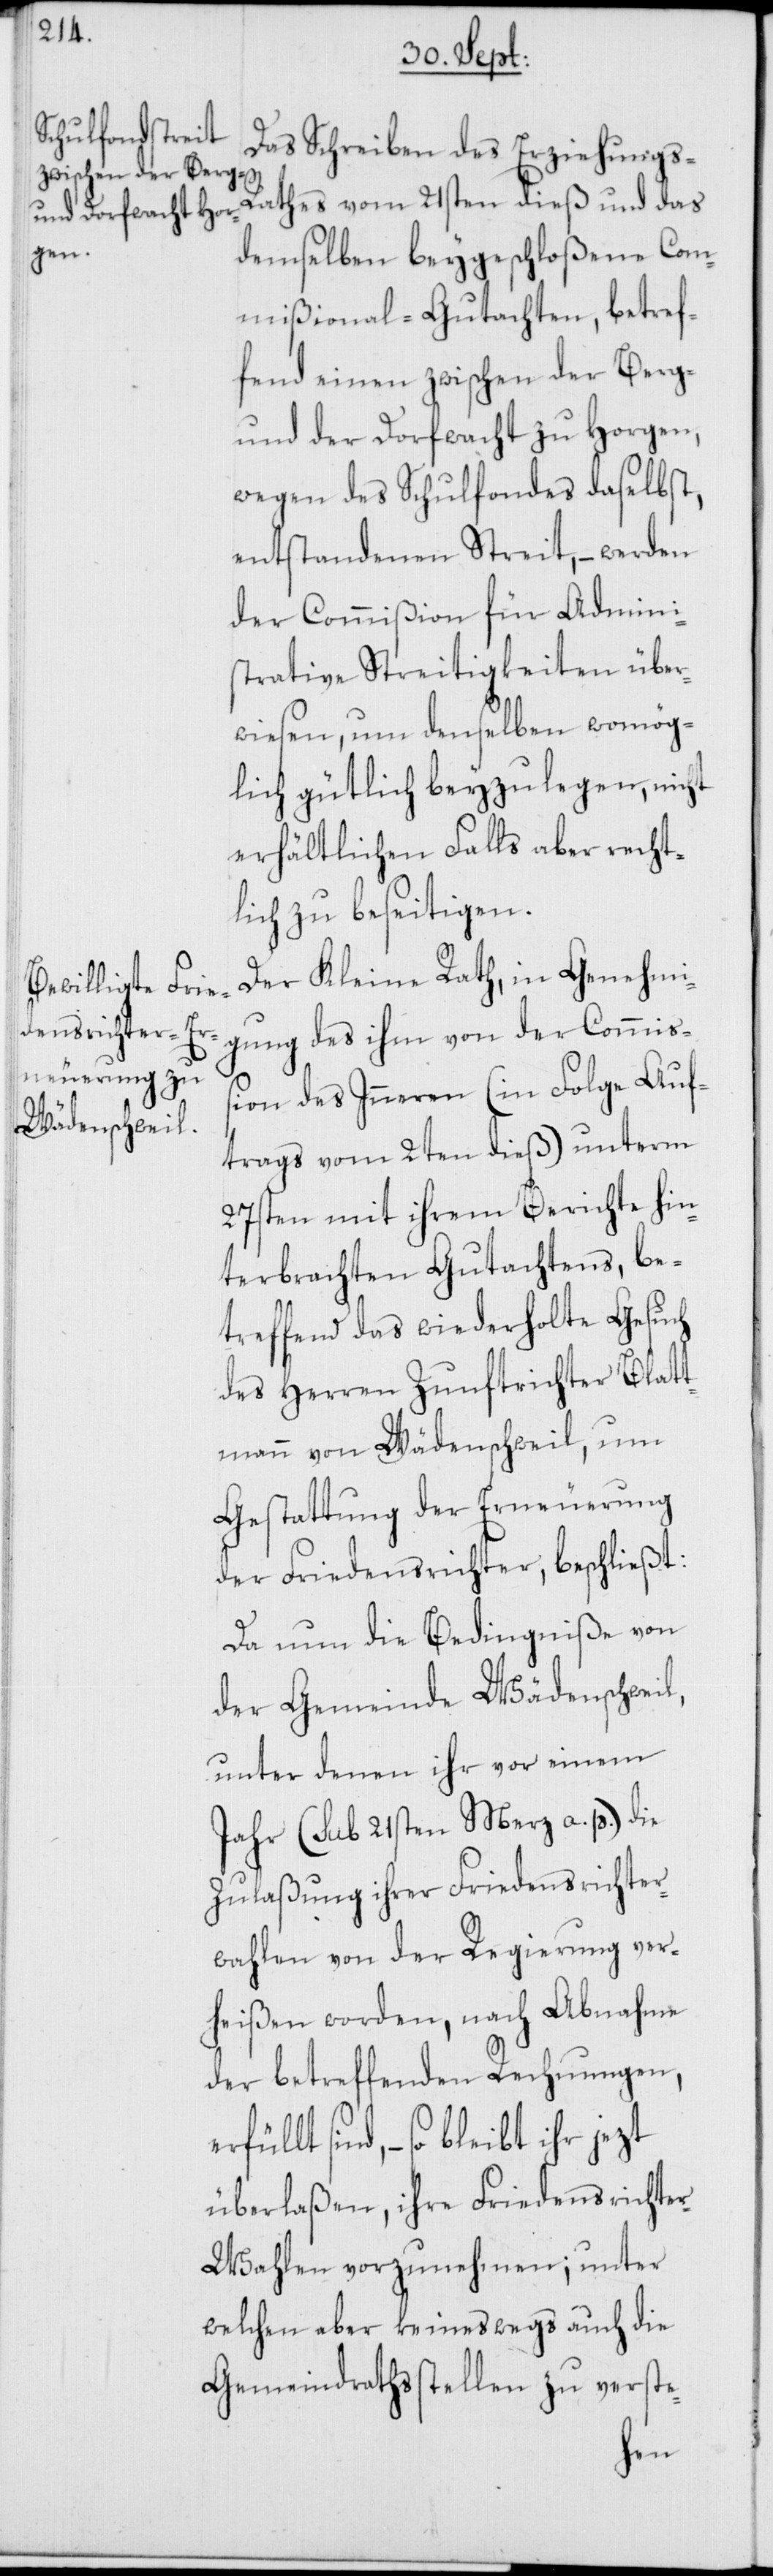
Das Schreiben des Erziehungs-R¬
athes vom 21sten dieß und das
demselben beygeschloßene Com¬
mißional-Gutachten, betref¬
fend einen zwischen der Berg-
und der Dorfwacht zu Horgen,
wegen des Schulfondes daselbst,
entstandenen Streit, – werden
der Commißion für Admini¬
strative Streitigkeiten über¬
wiesen, um denselben womög¬
lich gütlich beyzulegen, nicht
erhältlichen Falls aber recht¬
lich zu beseitigen.
Der Kleine Rath, in Genehmi¬
gung des ihm von der Commiß¬
ion des Inneren (in Folge Auf¬
trags vom 2ten dieß) unterm
27sten mit ihrem Berichte hin¬
terbrachten Gutachtens, be¬
treffend das wiederholte Gesuch
des Herren Zunftrichter Blatt¬
mann von Wädenschweil, um
Gestattung der Erneuerung
der Friedensrichter, beschließt:
Da nun die Bedingniße von
der Gemeinde Wädenschweil,
unter denen ihr vor einem
Jahr (sub 21sten Merz a. p.) die
Zulaßung ihrer Friedensrichter¬
wahlen von der Regierung ver¬
heißen worden, nach Abnahme
der betreffenden Rechnungen,
sind, – so bleibt ihr jezt
überlaßen, ihre Friedensrichte¬
r-Wahlen vorzunehmen; unter
welchen aber keineswegs auch die
Gemeindrathsstellen zu verste-